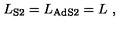
{ L } _ { \mathrm { S 2 } } = { L } _ { \mathrm { A d S 2 } } = L \ ,